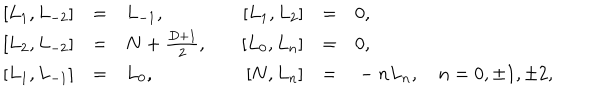
LaTeX: \begin{array} { r c l r c l } { { \left[ L _ { 1 } , L _ { - 2 } \right] } } & { { = } } & { { L _ { - 1 } , } } & { { \quad \left[ L _ { 1 } , L _ { 2 } \right] } } & { { = } } & { { 0 , } } \\ { { \left[ L _ { 2 } , L _ { - 2 } \right] } } & { { = } } & { { N + \frac { D + 1 } { 2 } , } } & { { \quad \left[ L _ { 0 } , L _ { n } \right] } } & { { = } } & { { 0 , } } \\ { { \left[ L _ { 1 } , L _ { - 1 } \right] } } & { { = } } & { { L _ { 0 } , } } & { { \quad \left[ N , L _ { n } \right] } } & { { = } } & { { { } - n L _ { n } , \quad n = 0 , \pm 1 , \pm 2 , } } \\ \end{array}